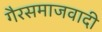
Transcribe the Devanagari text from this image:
गैरसमाजवादी